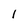
Character: 1